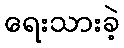
ရေးသားခဲ့